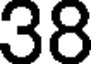
38